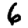
Digit: 6